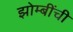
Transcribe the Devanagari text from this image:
झोम्बींची